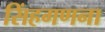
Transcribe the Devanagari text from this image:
सिंहगणना